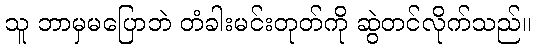
သူ ဘာမှမပြောဘဲ တံခါးမင်းတုတ်ကို ဆွဲတင်လိုက်သည်။